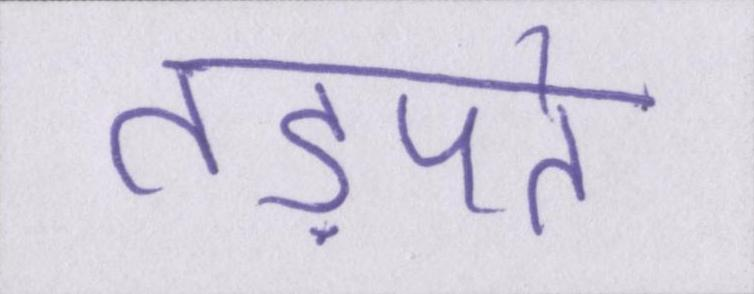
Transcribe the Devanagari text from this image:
तड़पते